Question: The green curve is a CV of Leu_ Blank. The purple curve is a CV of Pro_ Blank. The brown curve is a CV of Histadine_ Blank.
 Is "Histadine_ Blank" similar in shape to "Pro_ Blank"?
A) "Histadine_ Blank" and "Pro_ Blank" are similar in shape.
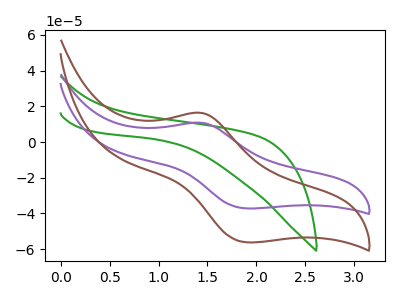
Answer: <think>The green curve "Leu_ Blank" has no peaks. The purple curve "Pro_ Blank" has an anodic peak at (1.45V, 10.75uA) and a cathodic peak at (1.90V, -37.15uA). The brown curve "Histadine_ Blank" has an anodic peak at (1.45V, 16.30uA) and a cathodic peak at (1.90V, -56.20uA).
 All the peaks in "Histadine_ Blank" have a peak in "Pro_ Blank" at the same potential. Every peak in "Histadine_ Blank" is higher than every peak in "Pro_ Blank".</think>
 <answer>A) "Histadine_ Blank" and "Pro_ Blank" are similar in shape.</answer>
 <eval>A</eval>